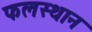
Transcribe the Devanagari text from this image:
फलस्थान